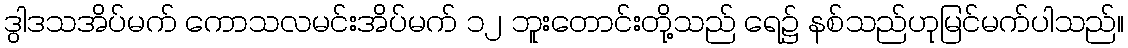
ဒွါဒသအိပ်မက် ကောသလမင်းအိပ်မက် ၁၂ ဘူးတောင်းတို့သည် ရေ၌ နစ်သည်ဟုမြင်မက်ပါသည်။